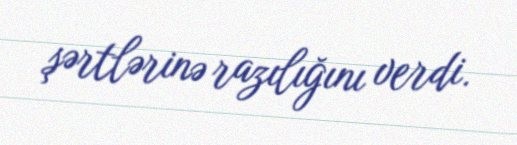
şərtlərinə razılığını verdi.